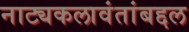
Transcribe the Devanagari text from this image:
नाट्यकलावंतांबद्दल